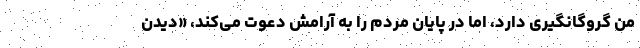
من گروگانگیری دارد، اما در پایان مردم را به آرامش دعوت می‌کند، «دیدن